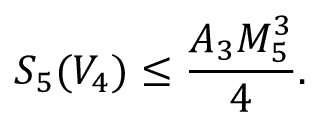
S _ { 5 } ( V _ { 4 } ) \leq \frac { A _ { 3 } M _ { 5 } ^ { 3 } } { 4 } .